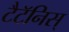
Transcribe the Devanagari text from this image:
टैटॅनिस्